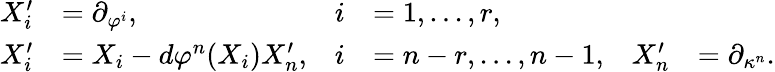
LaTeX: \begin{array}{rlrlrl}{X_{i}^{\prime}}&{=\partial_{\varphi^{i}},}&{i}&{=1,...,r,}\\ {X_{i}^{\prime}}&{=X_{i}-d\varphi^{n}(X_{i})X_{n}^{\prime},}&{i}&{=n-r,...,n-1,}&{X_{n}^{\prime}}&{=\partial_{\kappa^{n}}.}\end{array}